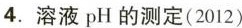
4. 溶液pH的测定(2012)